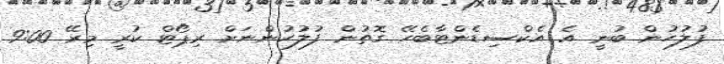
ފުލުހުން ބުނީ އެ އެކްސިޑެންޓާބެހޭ ގޮތުން ފުލުހުންނަށް ރިޕޯޓް ކުރީ މިރޭ 9:00